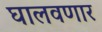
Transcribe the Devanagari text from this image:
घालवणार